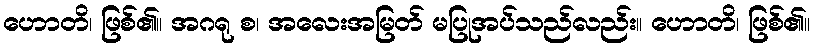
ဟောတိ၊ ဖြစ်၏။ အဂရု စ၊ အလေးအမြတ် မပြုအပ်သည်လည်း။ ဟောတိ၊ ဖြစ်၏။